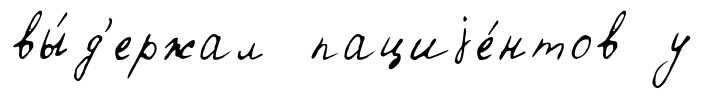
вы́д'ержал пациjе́нтов у